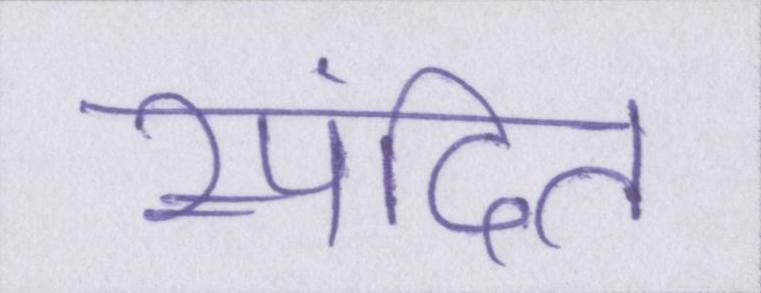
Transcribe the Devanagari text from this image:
स्पंदित